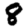
Digit: 8